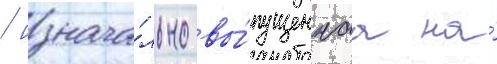
/ изнача́льно вы́пущеннаа на́